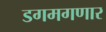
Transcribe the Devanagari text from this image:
डगमगणार